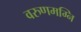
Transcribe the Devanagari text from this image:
वरुणमग्नि